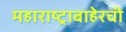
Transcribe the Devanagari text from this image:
महाराष्ट्राबाहेरची